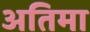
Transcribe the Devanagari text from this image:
अतिमा